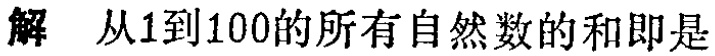
解 从1到100的所有自然数的和即是